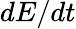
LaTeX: dE/dt